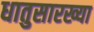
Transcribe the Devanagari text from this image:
धातुसारख्या